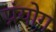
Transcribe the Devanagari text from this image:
प्रंयोग